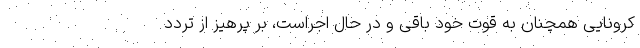
کرونایی همچنان به قوّت خود باقی و در حال اجراست، بر پرهیز از تردد